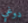
دوغي